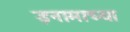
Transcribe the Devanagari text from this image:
इनामाच्या